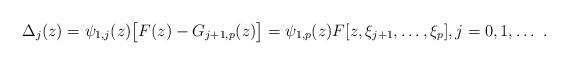
LaTeX: \begin{align*}\Delta_j(z)=\psi_{1,j}(z)\big[F(z)-G_{j+1,p}(z)\big]=\psi_{1,p}(z)F[z,\xi_{j+1},\ldots,\xi_p],j=0,1,\ldots\ .\end{align*}